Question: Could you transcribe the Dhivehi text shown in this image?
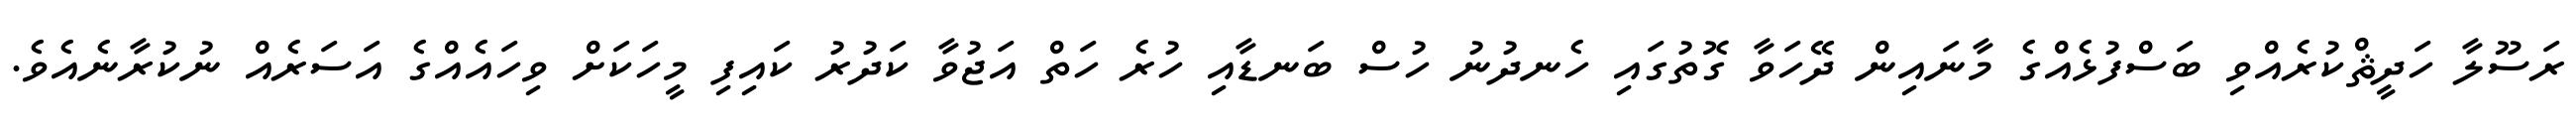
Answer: ރަސޫލާ ހަދީޘްކުރެއްވި ބަސްފުޅެއްގެ މާނައިން ދޭހަވާ ގޮތުގައި ހެނދުނު ހުސް ބަނޑާއި ހުރެ ހަތް އަޖުވާ ކަދުރު ކައިފި މީހަކަށް ވިހައެއްގެ އަސަރެއް ނުކުރާނެއެވެ.